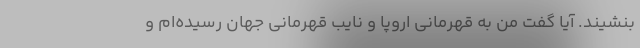
بنشیند. آیا گفت من به قهرمانی اروپا و نایب قهرمانی جهان رسیده‌ام و